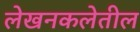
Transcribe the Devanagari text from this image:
लेखनकलेतील